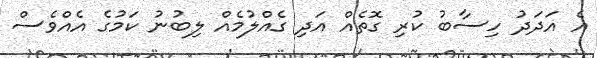
އެ އަދަދު ހިސާބު ކުރި ގޮތެއް އަދި ގެއްލުމެއް ލިބުނު ކަމުގެ އެއްވެސް